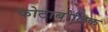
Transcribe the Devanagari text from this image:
कोटाबोलिक